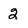
Character: 2